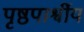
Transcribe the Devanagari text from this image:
पृष्ठपार्श्वीय